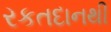
રકતદાનથી